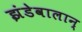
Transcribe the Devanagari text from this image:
झंडेवालान्